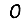
Digit: 0